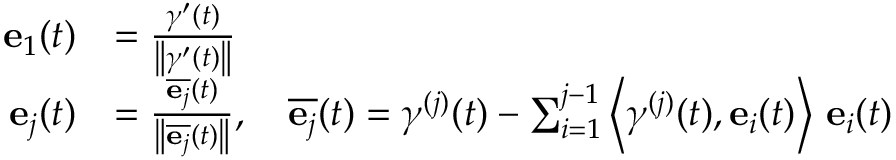
{ \begin{array} { r l } { \mathbf { e } _ { 1 } ( t ) } & { = { \frac { { \boldsymbol { \gamma } } ^ { \prime } ( t ) } { \left\| { \boldsymbol { \gamma } } ^ { \prime } ( t ) \right\| } } } \\ { \mathbf { e } _ { j } ( t ) } & { = { \frac { { \overline { { \mathbf { e } _ { j } } } } ( t ) } { \left\| { \overline { { \mathbf { e } _ { j } } } } ( t ) \right\| } } , \quad { \overline { { \mathbf { e } _ { j } } } } ( t ) = { \boldsymbol { \gamma } } ^ { ( j ) } ( t ) - \sum _ { i = 1 } ^ { j - 1 } \left\langle { \boldsymbol { \gamma } } ^ { ( j ) } ( t ) , \mathbf { e } _ { i } ( t ) \right\rangle \, \mathbf { e } _ { i } ( t ) } \end{array} }